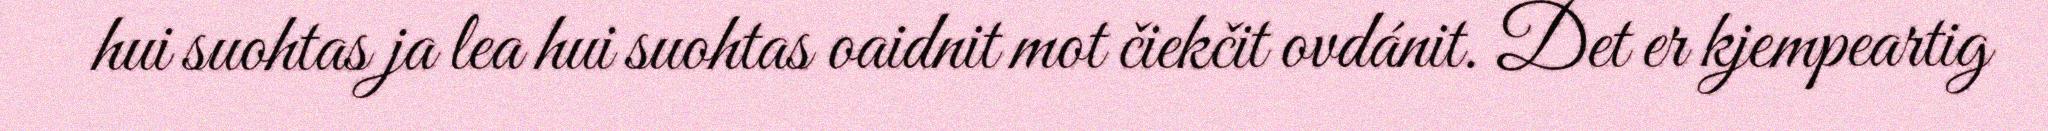
hui suohtas ja lea hui suohtas oaidnit mot čiekčit ovdánit. Det er kjempeartig